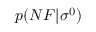
p ( N F | \sigma ^ { 0 } )